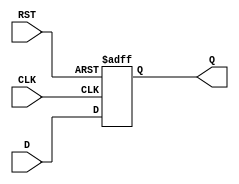
module stage_register (
    input wire D,        // Data Input
    input wire CLK,      // Clock Input
    input wire RST,      // Asynchronous Reset Input
    output reg Q         // Data Output
);

// Always block for flip-flop behavior
always @(posedge CLK or posedge RST) begin
    if (RST) begin
        Q <= 1'b0; // Set output to 0 on reset
    end else begin
        Q <= D;    // Store input data on rising edge of clock
    end
end

endmodule